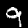
Digit: 9